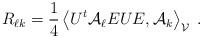
LaTeX: \begin{align*}R_{\ell k}= \frac{1}{4} \left\langle U^t \mathcal A_\ell EUE, \mathcal A_k\right\rangle_\mathcal V\;.\end{align*}